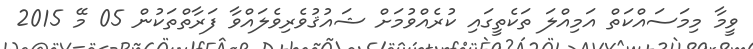
ވީމާ މިމަސައްކަތް އަމިއްލަ ތަކެތީގައި ކުރެއްވުމަށް ޝައުޤުވެރިވެލައްވާ ފަރާތްތަކުން 05 މޭ 2015